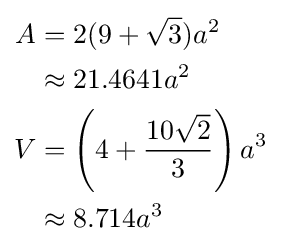
{\begin{aligned}A&=2(9+{\sqrt {3}})a^{2}\\&\approx 21.4641a^{2}\\V&=\left(4+{\frac {10{\sqrt {2}}}{3}}\right)a^{3}\\&\approx 8.714a^{3}\end{aligned}}